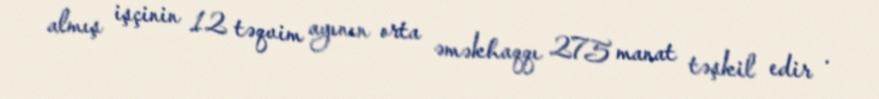
almış işçinin 12 təqvim ayının orta əməkhaqqı 275 manat təşkil edir .